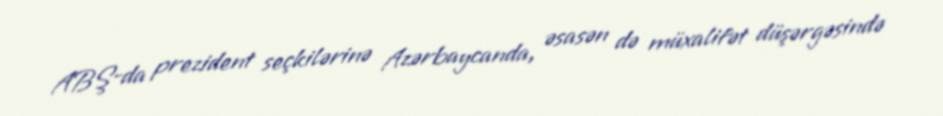
ABŞ-da prezident seçkilərinə Azərbaycanda, əsasən də müxalifət düşərgəsində